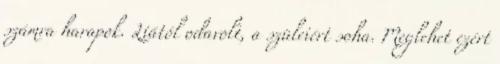
számra harapok. Liától odavolt, a szüleiért soha. Meglehet ezért